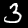
Digit: 3